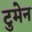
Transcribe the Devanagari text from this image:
टुमेन